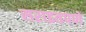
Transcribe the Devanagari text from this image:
सराइतपणे